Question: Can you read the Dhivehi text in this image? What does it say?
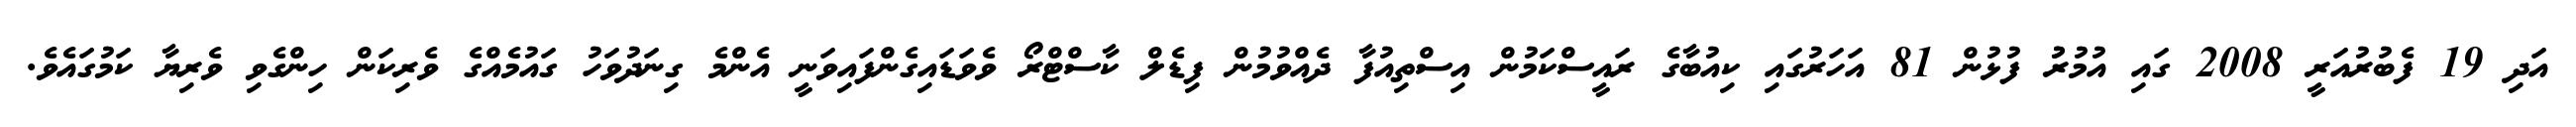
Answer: އަދި 19 ފެބުރުއަރީ 2008 ގައި އުމުރުު ފުޅުން 81 އަހަރުގައި ކިއުބާގެ ރައީސްކަމުން އިސްތިއުފާ ދެއްވުމުން ފިޑެލް ކާސްޓްރޯ ވެވަޑައިގެންފައިވަނީ އެންމެ ގިނަދުވަހު ގައުމެއްގެ ވެރިކަން ހިންގެވި ވެރިޔާ ކަމުގައެވެ.